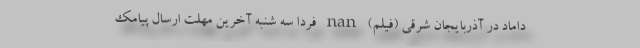
داماد در آذربایجان شرقی (فیلم) nan فردا سه شنبه آخرین مهلت ارسال پیامک